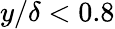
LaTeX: y/\delta<0.8